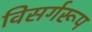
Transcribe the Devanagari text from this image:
विसर्गरूप